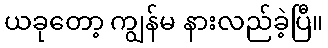
ယခုတော့ ကျွန်မ နားလည်ခဲ့ပြီ။